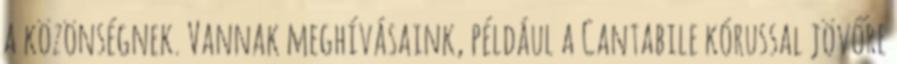
a közönségnek. Vannak meghívásaink, például a Cantabile kórussal jövőre